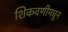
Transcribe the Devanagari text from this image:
शिकवणीमधून